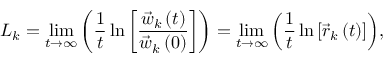
L _ { k } = \operatorname* { l i m } _ { t \to \infty } { \left( \frac { 1 } { t } \ln { \left[ \frac { \vec { w } _ { k } \left( t \right) } { \vec { w } _ { k } \left( 0 \right) } \right] } \right) } = \operatorname* { l i m } _ { t \to \infty } { \left( \frac { 1 } { t } \ln { \left[ \vec { r } _ { k } \left( t \right) \right] } \right) } ,